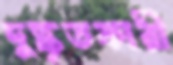
দুষ্কৃতকারী